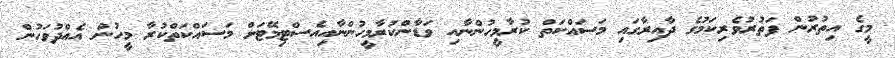
މީގެ އިތުރުން ފަތުރުވެރިކަމުގެ ދާއިރާގައި މަސައްކަތް ކުރާމީހުންނާއި ވަޑާންކުރާމީހުންނާއިއެސްޓިމޭޓަށް މަސައްކަތްކުރާ މީހުން އެއްދުވަހުން